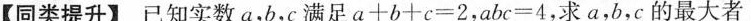
【同类提升】已知实数a，b，c满足$$a + b 十 c = 2$$，$$a b c = 4$$，求a，b，c的最大者